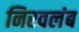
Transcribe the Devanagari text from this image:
निरवलंब